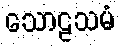
သောဠသမံ